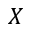
X